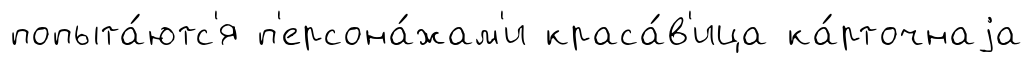
попыта́ютс'я п'ерсона́жам'и краса́в'ица ка́рточнаjа